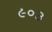
૯૦૩